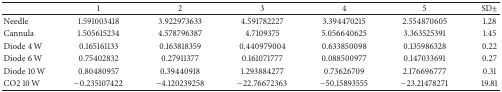
|  | 1 | 2 | 3 | 4 | 5 | SD± |
 | --- | --- | --- | --- | --- | --- | --- |
 | Needle | 1.591003418 | 3.922973633 | 4.591782227 | 3.394470215 | 2.554870605 | 1.28 |
 | Cannula | 1.505615234 | 4.578796387 | 4.7109375 | 5.056640625 | 3.363525391 | 1.45 |
 | Diode 4 W | 0.165161133 | 0.163818359 | 0.440979004 | 0.633850098 | 0.135986328 | 0.22 |
 | Diode 6 W | 0.75402832 | 0.27911377 | 0.161071777 | 0.088500977 | 0.147033691 | 0.27 |
 | Diode 10 W | 0.80480957 | 0.39440918 | 1.293884277 | 0.73626709 | 2.176696777 | 0.31 |
 | CO2 10 W | −0.235107422 | −4.120239258 | −22.76672363 | −50.15893555 | −23.21478271 | 19.81 |